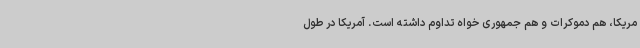
مریکا، هم دموکرات و هم جمهوری خواه تداوم داشته است. آمریکا در طول